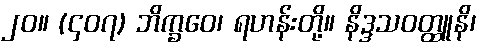
၂၀။ (၄၀၇) ဘိက္ခဝေ၊ ရဟန်းတို့။ နိဒ္ဒသဝတ္ထူနိ၊